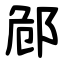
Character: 䣀